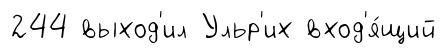
244 выход'ил Ульр'их вход'я́щий